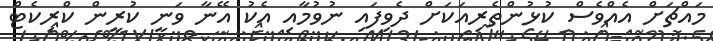
މައްޗަށް އެއްވެސް ކުޅުންތެރިއަކަށް ދެވިފައި ނުވުމާއި އެކު އޭނާ ވަނީ ކުރީން ކްރިކެޓް